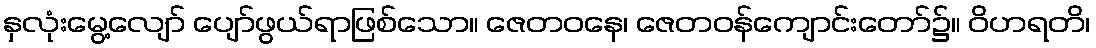
နှလုံးမွေ့လျော် ပျော်ဖွယ်ရာဖြစ်သော။ ဇေတဝနေ၊ ဇေတဝန်ကျောင်းတော်၌။ ဝိဟရတိ၊